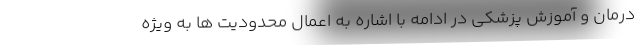
درمان و آموزش پزشکی در ادامه با اشاره به اعمال محدودیت ها به ویژه